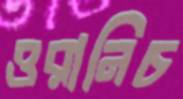
ওরানিচ